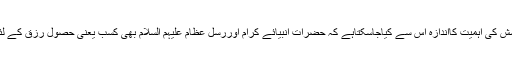
حصولِ رزق کے لئے کوشش کی اہمیت کااندازہ اس سے کیاجاسکتاہے کہ حضرات انبیائے کرام اوررُسل عظام عَلَیْہِمُ السَّلَام بھی کسب یعنی حصولِ رزق کے لئے کوشش کیاکرتے تھے ۔